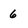
Character: 6